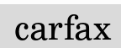
carfax